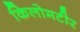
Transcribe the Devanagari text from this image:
किलोमटीर